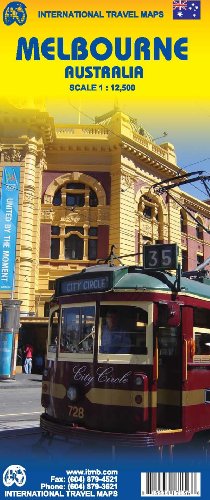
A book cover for Melbourne Australia 1:12,500 Travel Map; ITM Canada; Travel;